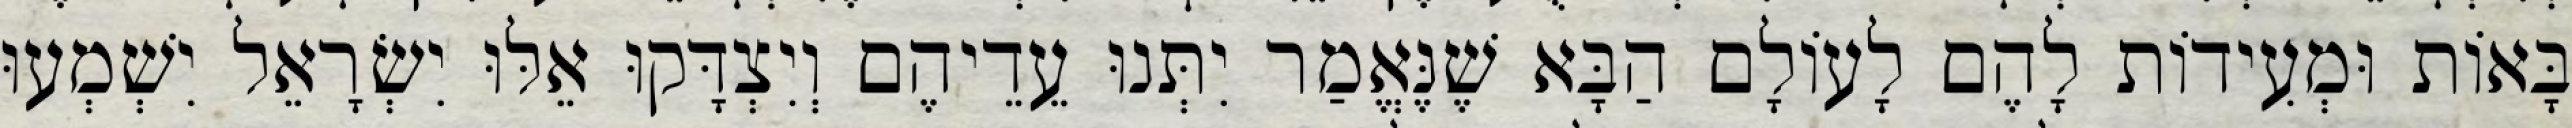
בָּאוֹת וּמְעִידוֹת לָהֶם לָעוֹלָם הַבָּא שֶׁנֶּאֱמַר יִתְּנוּ עֵדֵיהֶם וְיִצְדָּקוּ אֵלּוּ יִשְׂרָאֵל יִשְׁמְעוּ